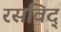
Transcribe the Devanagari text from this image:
रसविद्